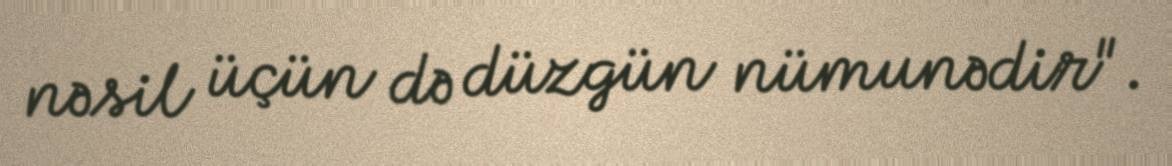
nəsil üçün də düzgün nümunədir".